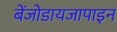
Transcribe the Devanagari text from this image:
बेंजोडायजापाइन